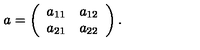
a = \left( \begin{array} { c c } { a _ { 1 1 } } & { a _ { 1 2 } } \\ { a _ { 2 1 } } & { a _ { 2 2 } } \\ \end{array} \right) .